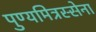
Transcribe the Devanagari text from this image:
पुण्यमित्रस्सेना